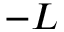
- L